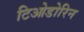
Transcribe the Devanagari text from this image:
टिओडोरिन